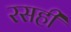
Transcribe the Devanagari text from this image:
रसही